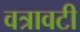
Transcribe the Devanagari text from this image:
वत्रावटी